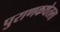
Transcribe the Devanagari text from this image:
पुराणकथेतला